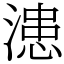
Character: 漶